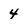
Character: 4